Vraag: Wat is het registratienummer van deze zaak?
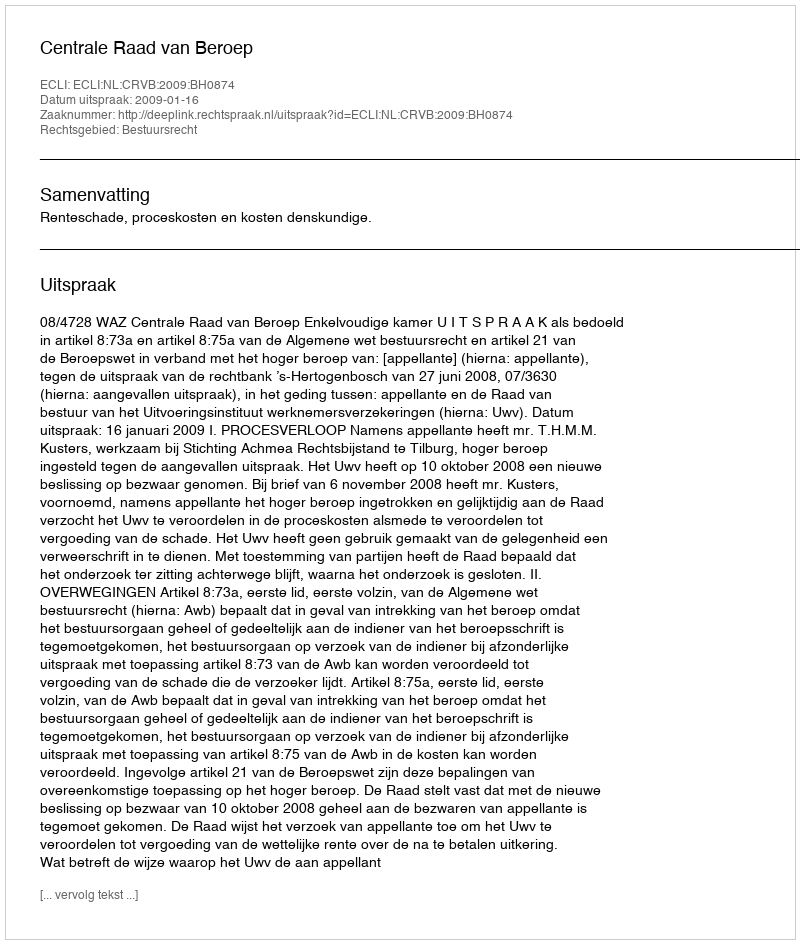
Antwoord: http://deeplink.rechtspraak.nl/uitspraak?id=ECLI:NL:CRVB:2009:BH0874